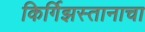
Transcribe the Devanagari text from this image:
किर्गिझस्तानाचा